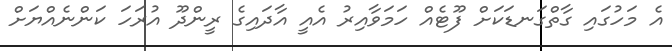
އެ މަހުގައި ގާތްގަނޑަކަށް ފޫޓެއް ހަމަވާއިރު އެއީ އާދައިގެ ރީންދޫ އުރަހަ ކަންނެއްޔަށް